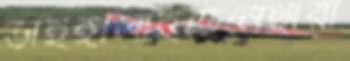
ভাইঙ্গালাইছেনেছারা